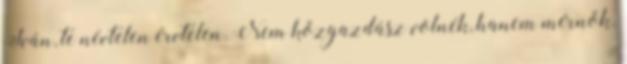
Iván, te névtelen érvtelen. Nem közgazdász volnék, hanem mérnök.